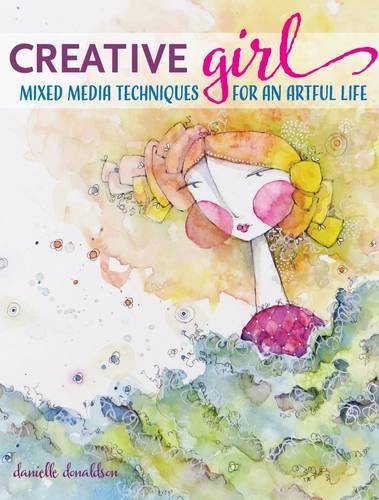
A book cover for CreativeGIRL: Mixed Media Techniques for an Artful Life; Danielle Donaldson; Crafts, Hobbies & Home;